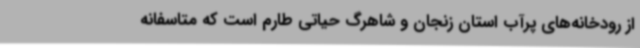
از رودخانه‌های پرآب استان زنجان و شاهرگ حیاتی طارم است که متاسفانه